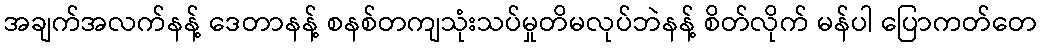
အချက်အလက်နန့် ဒေတာနန့် စနစ်တကျသုံးသပ်မှုတိမလုပ်ဘဲနန့် စိတ်လိုက် မန်ပါ ပြောကတ်တေ